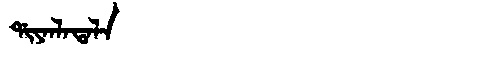
Manchu: ᡩᡳᠶᠠᠨᠯᠠᡨᠠᠯᠠ
Romanization: DIYANLATALA